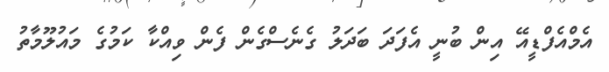
އެމްއެފްޑީއޭ އިން ބުނީ އެފަދަ ބަދަލު ގެނެސްގެން ފެން ވިއްކާ ކަމުގެ މައުލޫމާތު